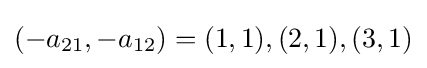
(-a_{21},-a_{12})=(1,1),(2,1),(3,1)